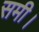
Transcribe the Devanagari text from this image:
समी।